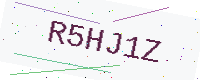
Text: R5HJ1Z